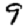
Digit: 9